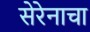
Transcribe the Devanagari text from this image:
सेरेनाचा